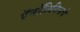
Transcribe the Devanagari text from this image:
ऍनॉलिसिसचे